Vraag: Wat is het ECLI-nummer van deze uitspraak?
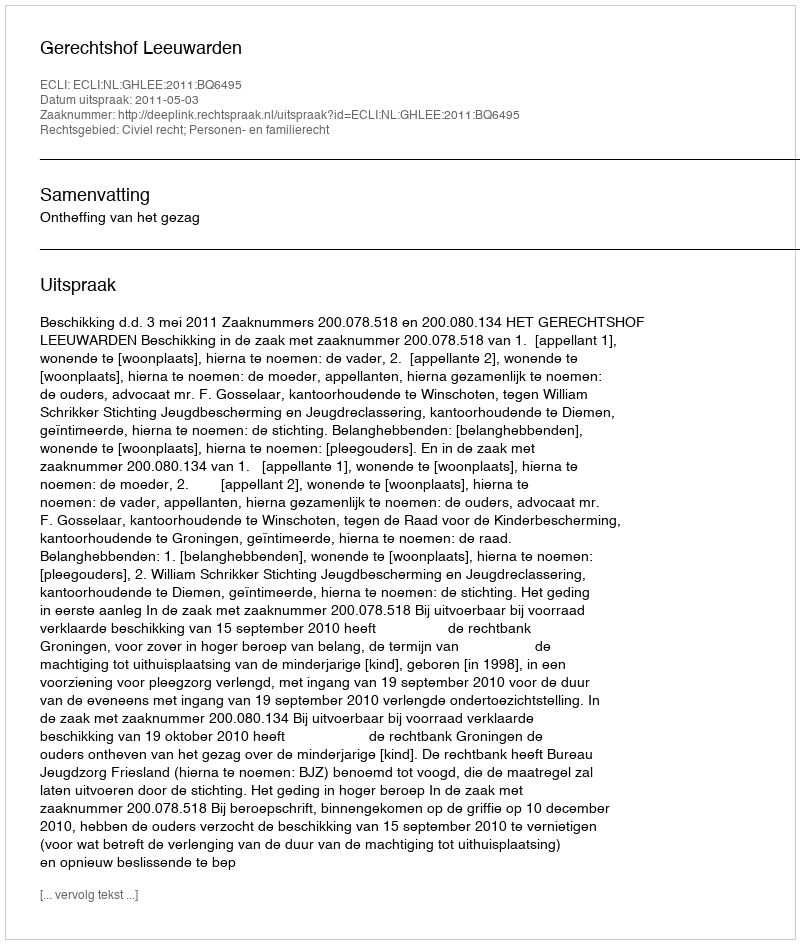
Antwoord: ECLI:NL:GHLEE:2011:BQ6495